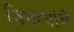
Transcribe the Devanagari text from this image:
विनाथांबे